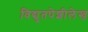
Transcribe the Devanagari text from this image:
विद्युतपेशीलेख